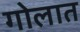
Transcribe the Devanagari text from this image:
गोलात